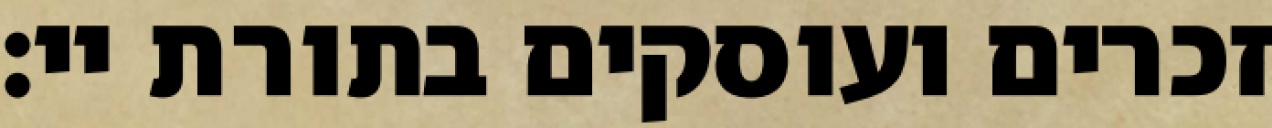
זכרים ועוסקים בתורת יי: